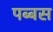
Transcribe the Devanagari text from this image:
पब्बस